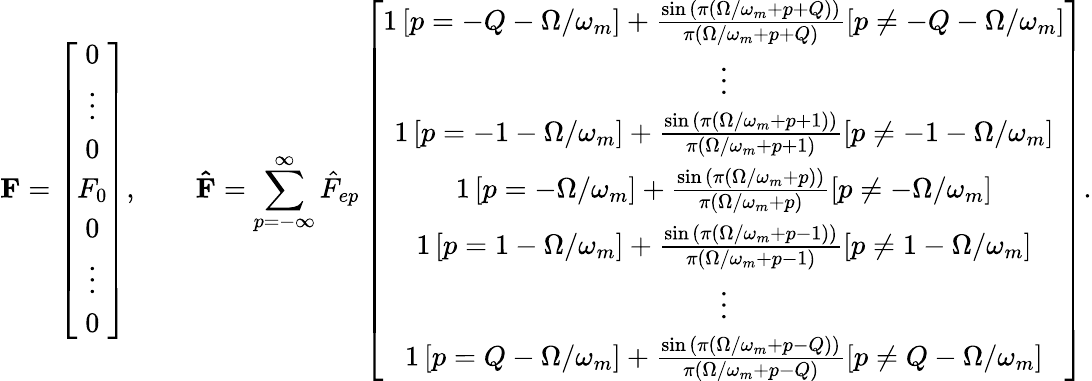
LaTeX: \mathbf{F}=\left[\begin{array}{ccccccc}{0}\\ {\vdots}\\ {0}\\ {F_{0}}\\ {0}\\ {\vdots}\\ {0}\end{array}\right],\qquad\mathbf{\hat{F}}=\sum_{p=-\infty}^{\infty}\hat{F}_{ep}\left[\begin{array}{ccccccc}{1\left[p=-Q-\Omega/\omega_{m}\right]+\frac{\sin{\left(\pi\left(\Omega/\omega_{m}+p+Q\right)\right)}}{\pi\left(\Omega/\omega_{m}+p+Q\right)}\left[p\neq-Q-\Omega/\omega_{m}\right]}\\ {\vdots}\\ {1\left[p=-1-\Omega/\omega_{m}\right]+\frac{\sin{\left(\pi\left(\Omega/\omega_{m}+p+1\right)\right)}}{\pi\left(\Omega/\omega_{m}+p+1\right)}\left[p\neq-1-\Omega/\omega_{m}\right]}\\ {1\left[p=-\Omega/\omega_{m}\right]+\frac{\sin{\left(\pi\left(\Omega/\omega_{m}+p\right)\right)}}{\pi\left(\Omega/\omega_{m}+p\right)}\left[p\neq-\Omega/\omega_{m}\right]}\\ {1\left[p=1-\Omega/\omega_{m}\right]+\frac{\sin{\left(\pi\left(\Omega/\omega_{m}+p-1\right)\right)}}{\pi\left(\Omega/\omega_{m}+p-1\right)}\left[p\neq 1-\Omega/\omega_{m}\right]}\\ {\vdots}\\ {1\left[p=Q-\Omega/\omega_{m}\right]+\frac{\sin{\left(\pi\left(\Omega/\omega_{m}+p-Q\right)\right)}}{\pi\left(\Omega/\omega_{m}+p-Q\right)}\left[p\neq Q-\Omega/\omega_{m}\right]}\end{array}\right].